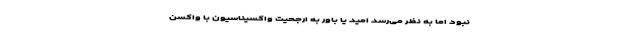
نبود اما به نظر می‌رسد امید یا باور به ارجحیت واکسیناسیون با واکسن